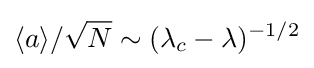
\langle {a}\rangle /{\sqrt {N}}\sim (\lambda _{c}-\lambda )^{-1/2}